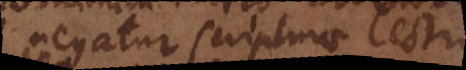
negatur scripturae lecti